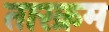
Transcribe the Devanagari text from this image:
तारक्रम